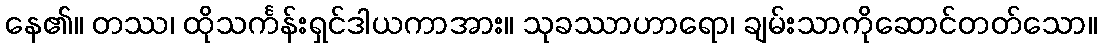
နေ၏။ တဿ၊ ထိုသင်္ကန်းရှင်ဒါယကာအား။ သုခဿာဟာရော၊ ချမ်းသာကိုဆောင်တတ်သော။